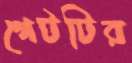
গেটটির